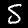
Digit: 5